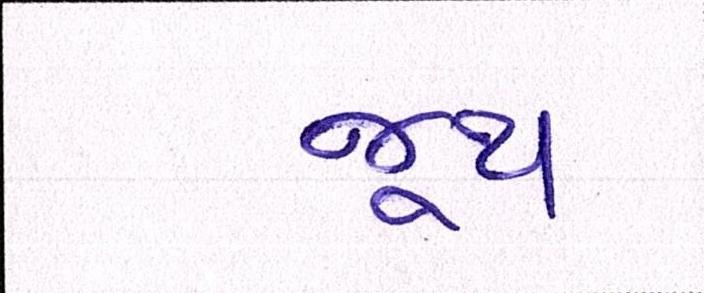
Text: જૂથ